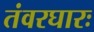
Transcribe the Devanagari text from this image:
तंवरघारः